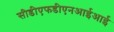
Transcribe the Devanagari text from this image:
सीडीएफडीएनआईआई